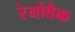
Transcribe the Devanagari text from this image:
रेयोवैक